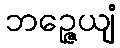
ဘဉ္ဇေယျံ